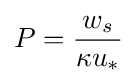
P={\frac {w_{s}}{\kappa u_{\ast }}}